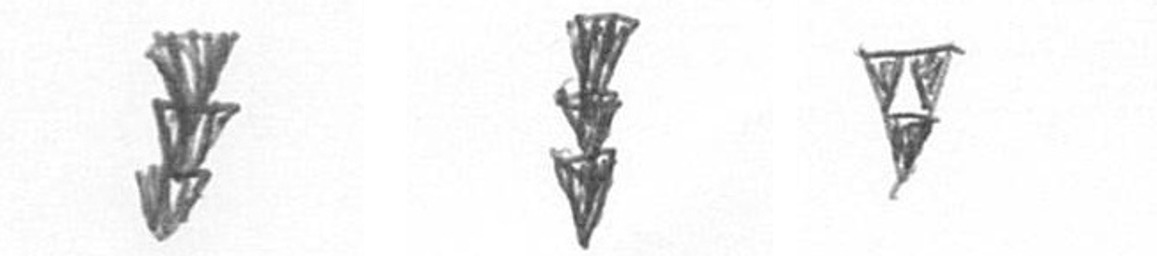
E E S